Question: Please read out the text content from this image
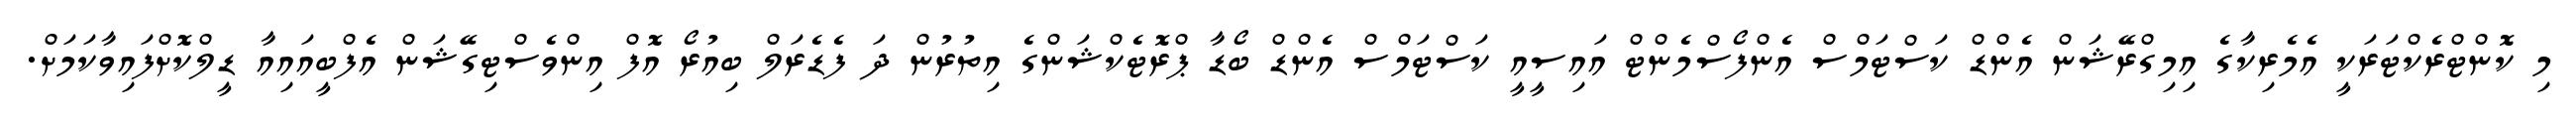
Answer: މި ކޮންޓްރެކްޓަރަކީ އެމެރިކާގެ އިމިގްރޭޝަން އެންޑް ކަސްޓަމްސް އެންފޯސްމެންޓް އައިސީއީ ކަސްޓަމްސް އެންޑް ބޯޑާ ޕްރޮޓެކްޝަންގެ އިތުރުން ދަ ފެޑެރަލް ބިއުރޯ އޮފް އިންވެސްޓިގޭޝަން އެފްބީއައިއާ ޑީލްކޮށްފައިވާކަމަށް.